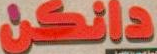
دالكن